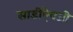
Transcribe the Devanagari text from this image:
साडीऐवजी